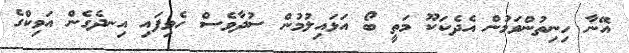
އޭނާ ހިނިތުންވަމުން އެދެކަކޫ މަތީ ބޯ އަޅައިލުމުން ސުދާވެސް ހެވިފައި އިނދެގެން އަވިކްގެ